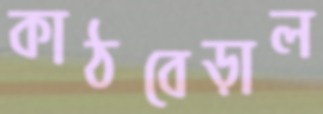
কাঠবেড়াল